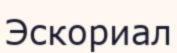
Эскориал